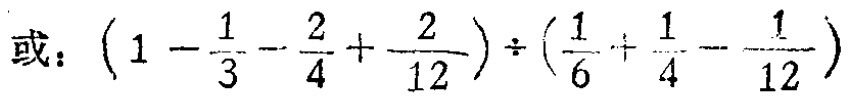
或：\((1 - \frac{1}{3} - \frac{2}{4} + \frac{2}{12}) \div (\frac{1}{6} + \frac{1}{4} - \frac{1}{12})\)